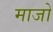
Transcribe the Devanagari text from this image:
माजो